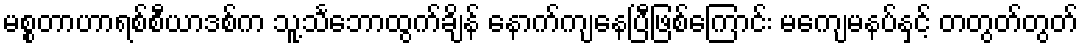
မစ္စတာဟာရစ်စီယာဒစ်က သူ့သင်္ဘောထွက်ချိန် နောက်ကျနေပြီဖြစ်ကြောင်း မကျေမနပ်နှင့် တတွတ်တွတ်